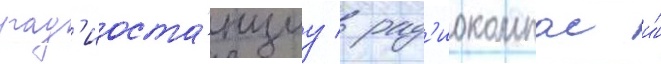
рад'иоста́нциу / рад'иокомпас и́